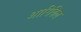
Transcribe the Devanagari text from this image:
आरिविल